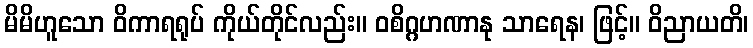
မိမိဟူသော ဝိကာရရုပ် ကိုယ်တိုင်လည်း။ ဝစိဂ္ဂဟဏာနု သာရေန၊ ဖြင့်။ ဝိညာယတိ၊